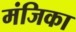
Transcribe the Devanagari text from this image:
मंजिका